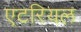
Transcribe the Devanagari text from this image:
एटरियल